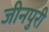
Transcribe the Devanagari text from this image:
जीनपुरी